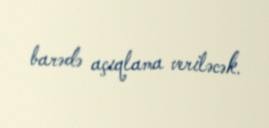
barədə açıqlama veriləcək.